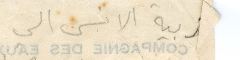
زبية الانس الى